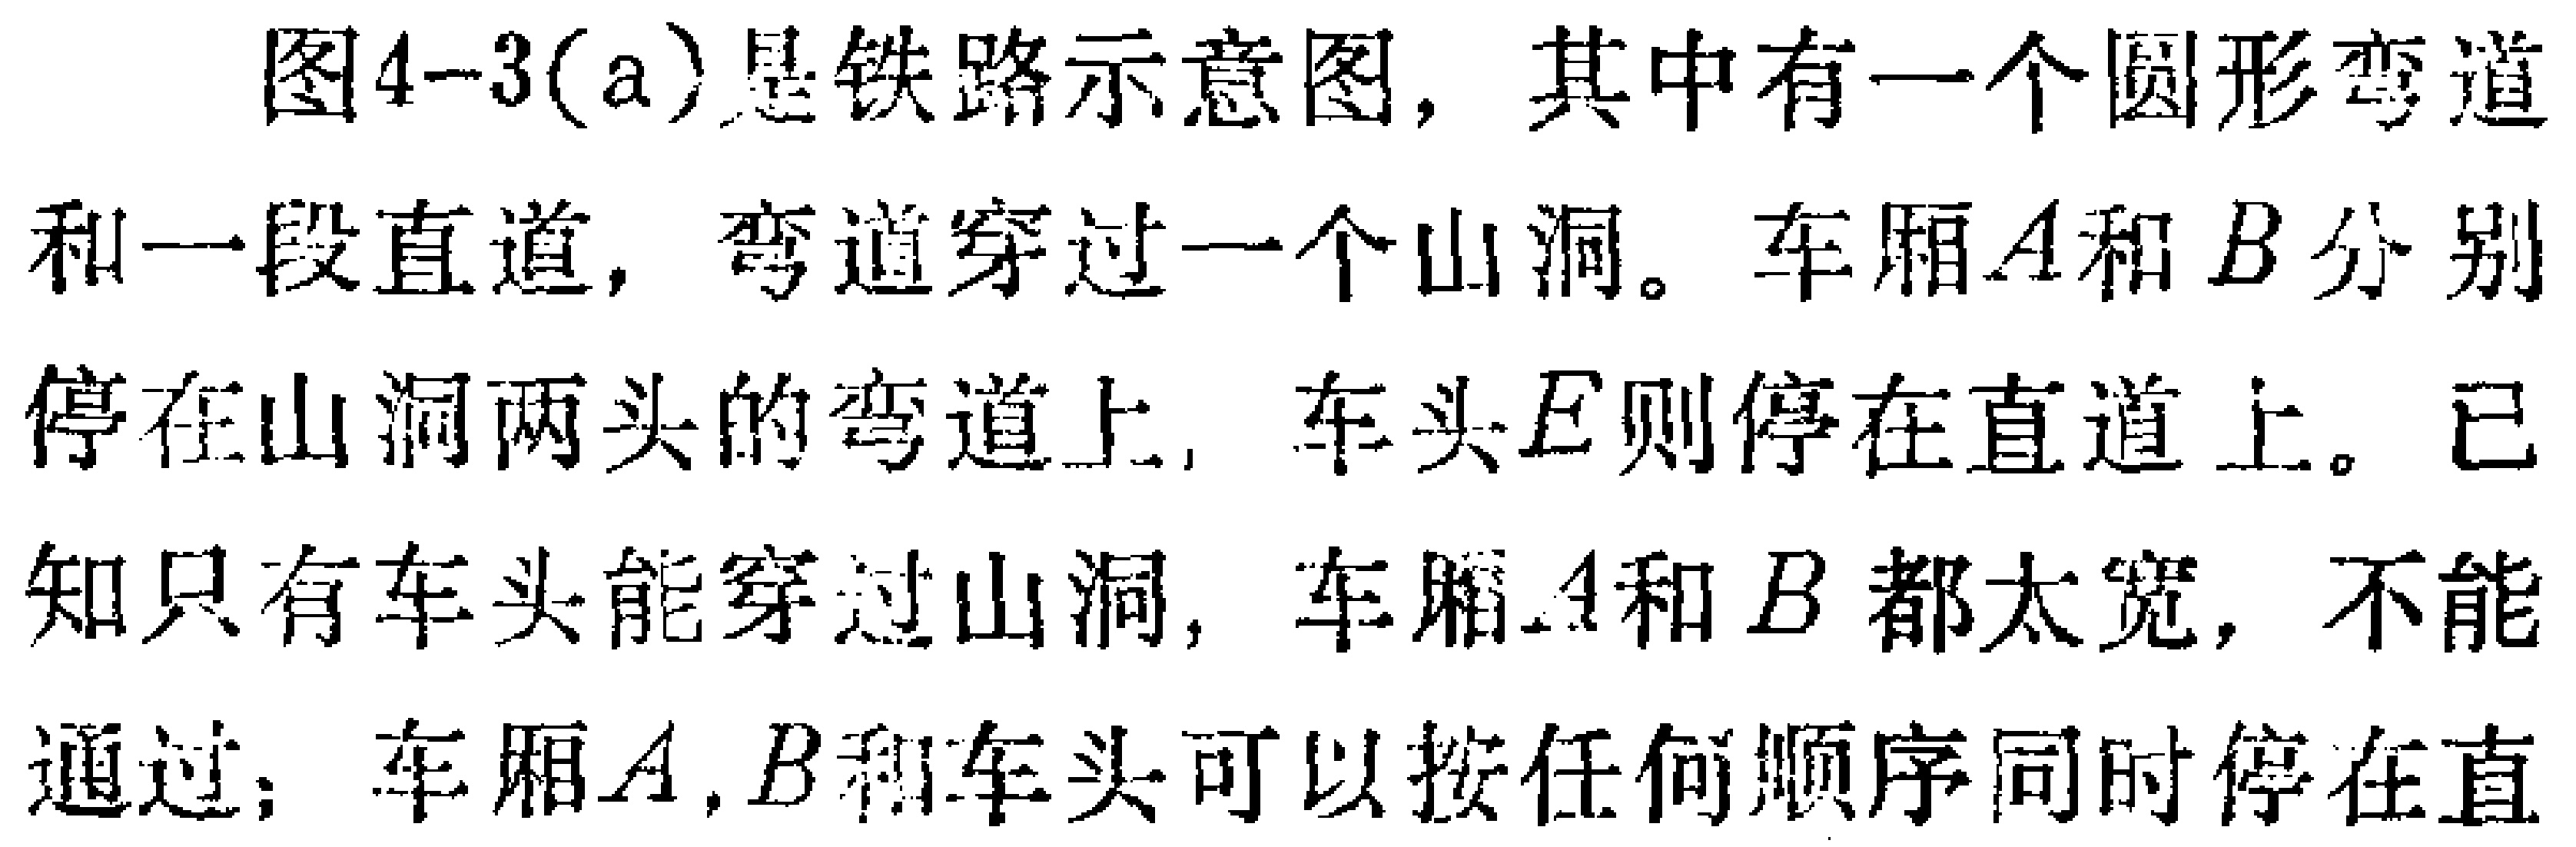
图4-3(a)是铁路示意图，其中有一个圆形弯道和一段直道，弯道穿过一个山洞。车厢\(A\)和\(B\)分别停在山洞两头的弯道上，车头\(E\)则停在直道上。已知只有车头能穿过山洞，车厢\(A\)和\(B\)都太宽，不能通过；车厢\(A,B\)和车头可以按任何顺序同时停在直